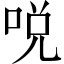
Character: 哾